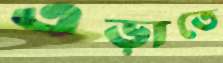
এড়াতে